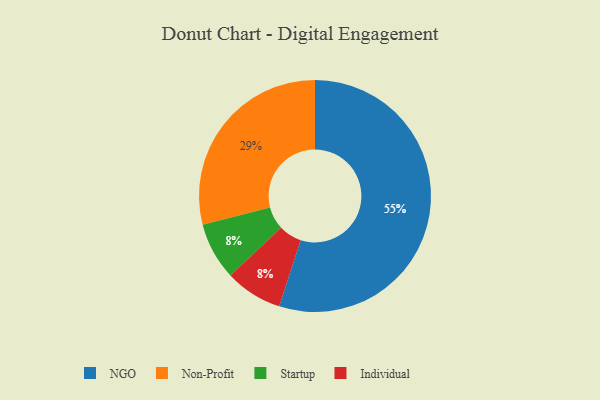
{"axis": {"x": "Category", "y": "Percentage"}, "legend": ["Individual", "NGO", "Non-Profit", "Startup"], "data": [{"x": "Startup", "y": 8, "type": "Startup"}, {"x": "NGO", "y": 55, "type": "NGO"}, {"x": "Individual", "y": 8, "type": "Individual"}, {"x": "Non-Profit", "y": 29, "type": "Non-Profit"}]}